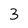
Character: 3